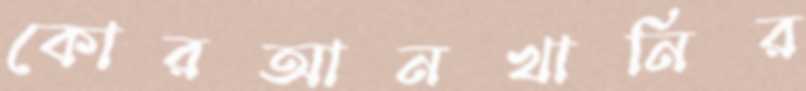
কোরআনখানির